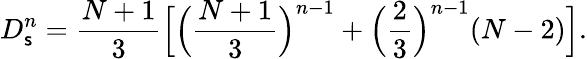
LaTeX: D_{\mathsf{s}}^{n}=\frac{{N+1}}{{3}}\Bigl[\Bigl(\frac{{N+1}}{{3}}\Bigr)^{n-1}+\Bigl(\frac{{2}}{{3}}\Bigr)^{n-1}(N-2)\Bigr].